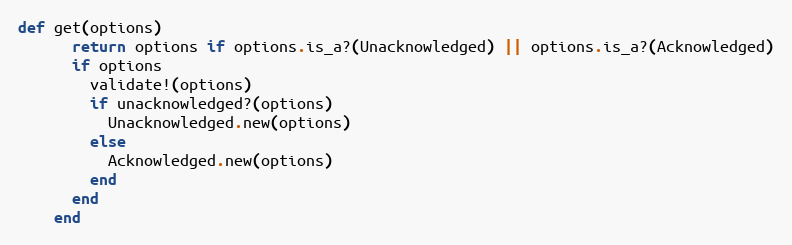
Language: Ruby
def get(options)
      return options if options.is_a?(Unacknowledged) || options.is_a?(Acknowledged)
      if options
        validate!(options)
        if unacknowledged?(options)
          Unacknowledged.new(options)
        else
          Acknowledged.new(options)
        end
      end
    end